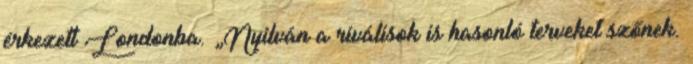
érkezett Londonba. „Nyilván a riválisok is hasonló terveket szőnek.